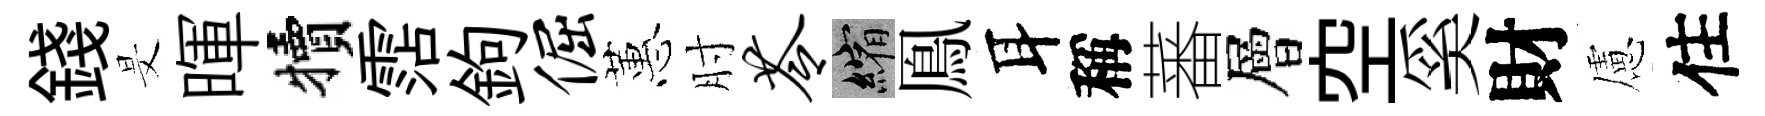
錢旻暉犢霑鉤倔蕙肘苓縮鳯耳稱蕃層空奚財慮住